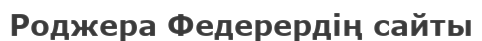
Роджера Федерердің сайты